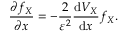
\frac { \partial f _ { X } } { \partial x } = - \frac { 2 } { \varepsilon ^ { 2 } } \frac { \mathrm { d } V _ { X } } { \mathrm { d } x } f _ { X } .